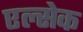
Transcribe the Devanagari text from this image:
एल्सेक